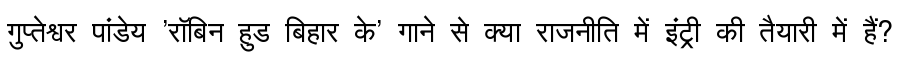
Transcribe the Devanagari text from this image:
गुप्तेश्वर पांडेय 'रॉबिन हुड बिहार के' गाने से क्या राजनीति में इंट्री की तैयारी में हैं?